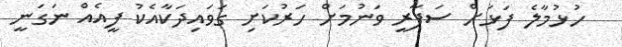
ހުޅުމާލެ ފަޅަށް ސަފާރީ ވަނުމަށް ހަރުކަށި ގަވައިދަކާއެކު ފީއެއް ނަގަނީ